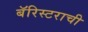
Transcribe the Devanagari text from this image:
बॅरिस्टराची